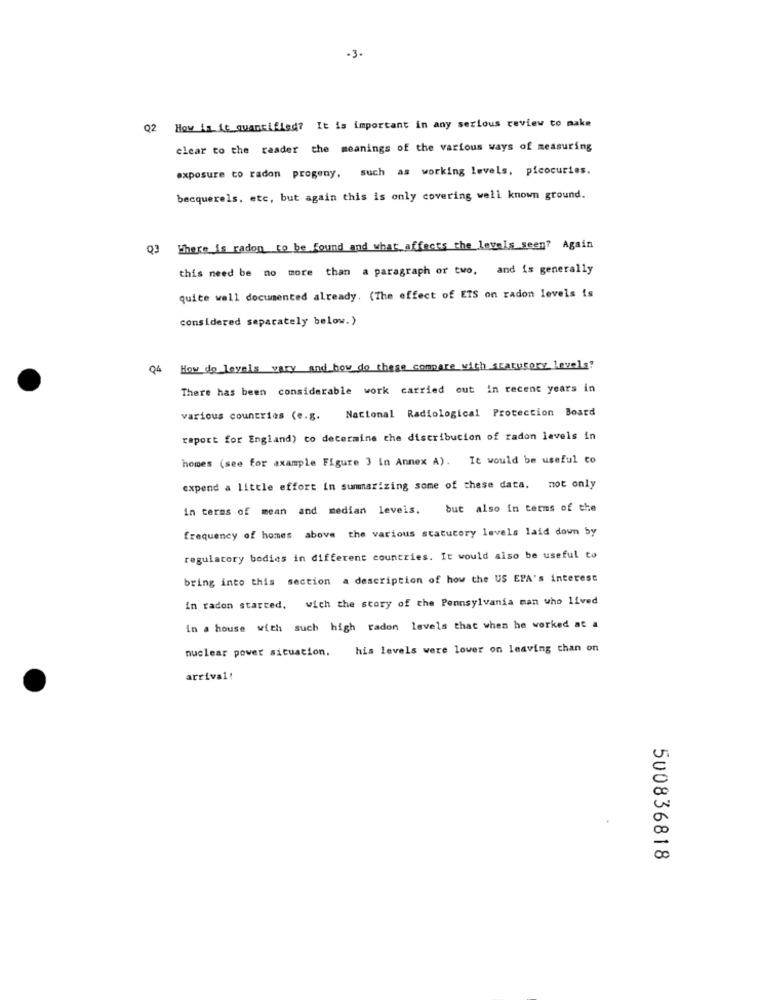
-3.
Q2 How is it quantified? It is important in any serious review to make
clear to the reader the meanings of the various ways of measuring
exposure to radon progeny, such as working levels, picocuries.
becquerels. etc, but again this is only covering well known ground.
Q] Where is radon to be found and what affects the levels seen? Again
this need be no more than a paragraph or two, and is generally
quite well documented already. (The effect of ETS on radon levels is
considered separately below.)
04
How do levels vary and how do these compare with statutory levels?
There has been considerable work carried out in recent years in
Nacional Radiological Protection Board
various countries (e.g.
raport for England) co determine the distribution of radon levels in
homes (see for axample Figure 3 in Annex A). It would be useful to
expend a little effort in summarizing some of these data. not only
in terms of mean and median levels.
but also in terms of the
frequency of homes above the various statutory levels laid down by
regulatory bodies in different countries. It would also be useful to
bring into this section a description of how the US EPA's interest
in radon started, wich the story of the Pennsylvania man who lived
in a house with such high radon levels that when he worked at a
nuclear power situation. his levels were lower on leaving chan on
arrival!
500836818